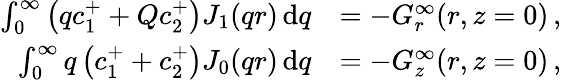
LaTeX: \begin{array}{rl}{\int_{0}^{\infty}\left(qc_{1}^{+}+Qc_{2}^{+}\right)J_{1}(qr)\, \mathrm{d}q}&{=-G_{r}^{\infty}(r,z=0)\, ,}\\ {\int_{0}^{\infty}q\left(c_{1}^{+}+c_{2}^{+}\right)J_{0}(qr)\, \mathrm{d}q}&{=-G_{z}^{\infty}(r,z=0)\, ,}\end{array}